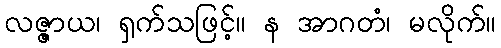
လဇ္ဇာယ၊ ရှက်သဖြင့်။ န အာဂတံ၊ မလိုက်။